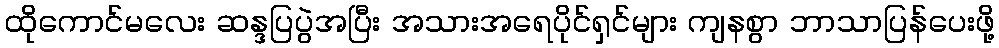
ထိုကောင်မလေး ဆန္ဒပြပွဲအပြီး အသားအရေပိုင်ရှင်များ ကျနစွာ ဘာသာပြန်ပေးဖို့